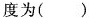
度为( ).